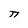
Character: n